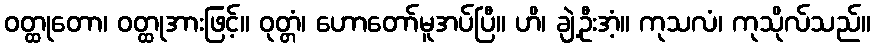
ဝတ္ထုတော၊ ဝတ္ထုအားဖြင့်။ ဝုတ္တံ၊ ဟောတော်မူအပ်ပြီ။ ဟိ၊ ချဲ့ဦးအံ့။ ကုသလံ၊ ကုသိုလ်သည်။